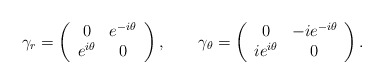
\begin{align*}\gamma _r=\left( \begin{array}{cc} 0 &e^{-i\theta } \\ e^{i\theta } & 0 \end{array} \right) ,\qquad \gamma_\theta =\left( \begin{array}{cc} 0 & -ie^{-i\theta } \\ ie^{i\theta } & 0\end{array} \right) .\end{align*}